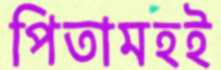
পিতামহই